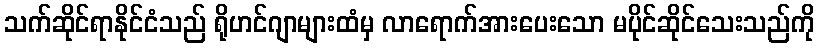
သက်ဆိုင်ရာနိုင်ငံသည် ရိုဟင်ဂျာများထံမှ လာရောက်အားပေးသော မပိုင်ဆိုင်သေးသည်ကို